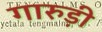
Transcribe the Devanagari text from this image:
गारुड़ी